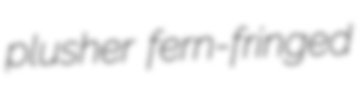
plusher fern-fringed